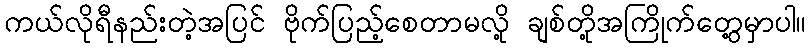
ကယ်လိုရီနည်းတဲ့အပြင် ဗိုက်ပြည့်စေတာမလို့ ချစ်တို့အကြိုက်တွေ့မှာပါ။